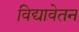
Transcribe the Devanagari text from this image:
विद्यावेतन